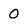
Character: O